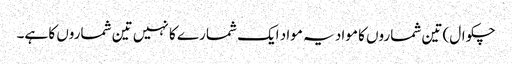
چکوال) تین شماروں کا مواد یہ مواد ایک شمارے کا نہیں تین شماروں کا ہے۔